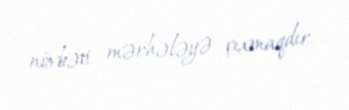
növbəti mərhələyə çıxmaqdır.